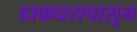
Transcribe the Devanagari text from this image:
डाकघरापासून